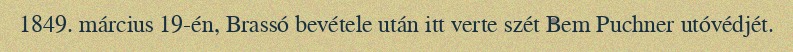
1849. március 19-én, Brassó bevétele után itt verte szét Bem Puchner utóvédjét.